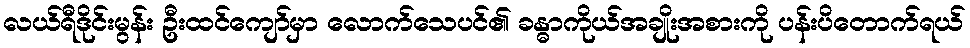
လယ်ရီဒိုင်းမွန်း ဦးထင်ကျော်မှာ လောက်သေပင်၏ ခန္ဓာကိုယ်အချိုးအစားကို ပန်းပိတောက်ရယ်